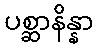
ပစ္ဆာနိန္နာ